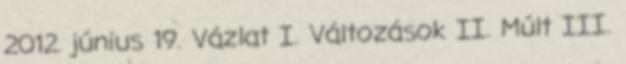
2012. június 19. Vázlat I. Változások II. Múlt III.